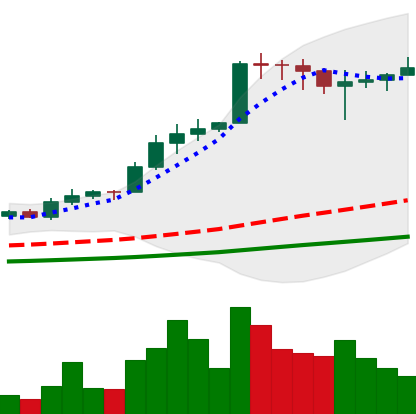
Ticker: ADA-USD
Chart end date: 2021-02-18
Forward return: 4.44%
Label: up_3_5